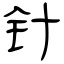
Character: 针